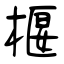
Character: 椻